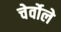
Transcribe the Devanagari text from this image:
चेर्वोले